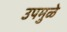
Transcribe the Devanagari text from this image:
उपमुळे